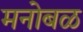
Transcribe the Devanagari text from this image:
मनोबळ